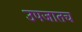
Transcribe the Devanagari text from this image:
उपजातच